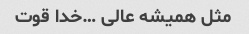
مثل همیشه عالی …خدا قوت